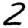
Digit: 2